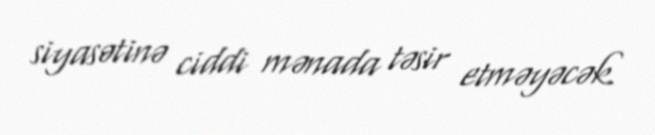
siyasətinə ciddi mənada təsir etməyəcək.